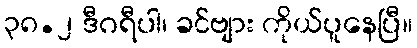
၃၈.၂ ဒီဂရီပါ၊ ခင်ဗျား ကိုယ်ပူနေပြီ။